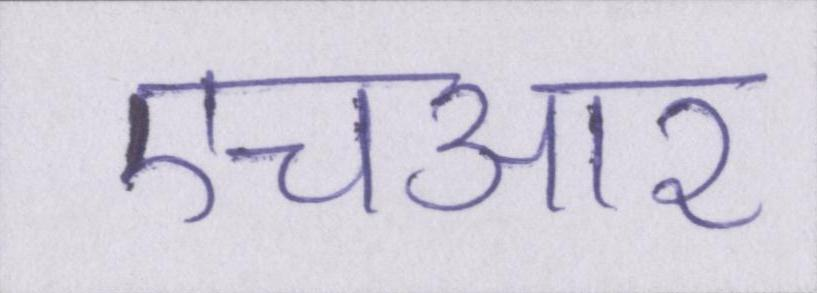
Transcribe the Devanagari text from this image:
एचआर